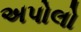
અપોલો